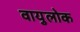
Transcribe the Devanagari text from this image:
वायुलोक